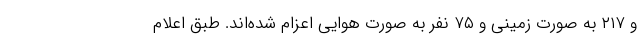
و ۲۱۷ به صورت زمینی و ۷۵ نفر به صورت هوایی اعزام شده‌اند. طبق اعلام